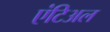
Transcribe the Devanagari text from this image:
एंटिअल